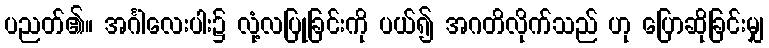
ပညတ်၏။ အင်္ဂါလေးပါး၌ လုံ့လပြုခြင်းကို ပယ်၍ အဂတိလိုက်သည် ဟု ပြောဆိုခြင်းမျှ